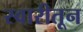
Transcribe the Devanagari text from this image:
स्वारीतून